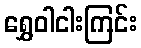
ရွှေဝါငါးကြင်း